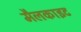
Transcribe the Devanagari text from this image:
मैलकाइट